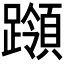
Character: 𰸵